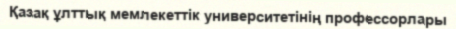
Қазақ ұлттық мемлекеттік университетінің профессорлары